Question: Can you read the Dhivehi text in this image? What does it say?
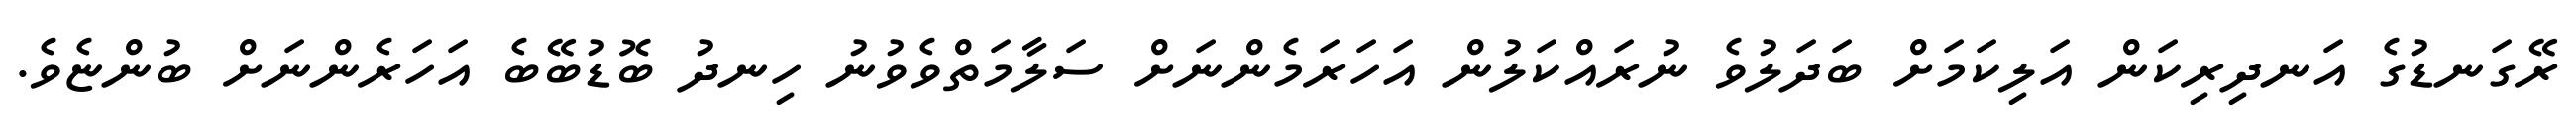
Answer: ރޭގަނޑުގެ އަނދިރިކަން އަލިކަމަށް ބަދަލުވެ ނުރައްކަލުން އަހަރަމެންނަށް ސަލާމަތްވެވުނު ހިނދު ބޮޑުބޭބެ އަހަރެންނަށް ބުންޏެވެ.